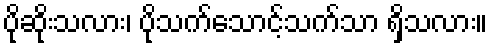
ပိုဆိုးသလား၊ ပိုသက်သောင့်သက်သာ ရှိသလား။